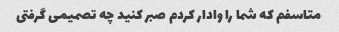
متاسفم که شما را وادار کردم صبر کنید چه تصمیمی گرفتی